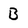
Character: B